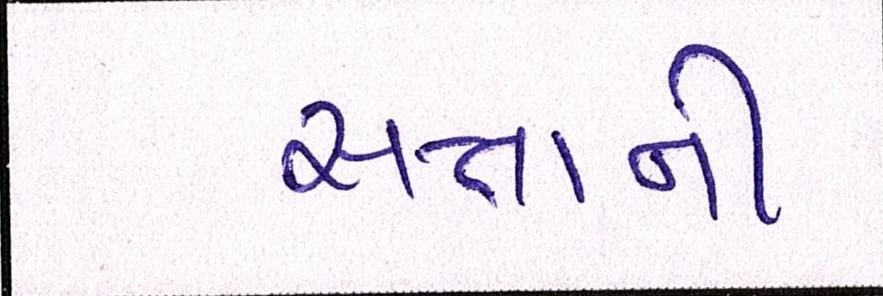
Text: સત્તાની